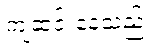
ကျဆင်းနေသည့်